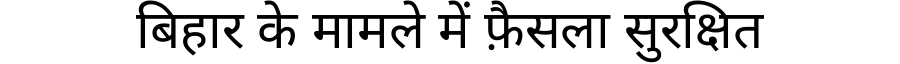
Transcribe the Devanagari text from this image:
बिहार के मामले में फ़ैसला सुरक्षित